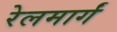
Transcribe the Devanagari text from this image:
रेलमार्गं